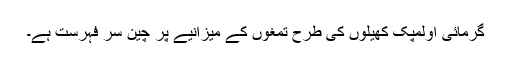
گرمائی اولمپک کھیلوں کی طرح تمغوں کے میزانیے پر چین سر فہرست ہے۔